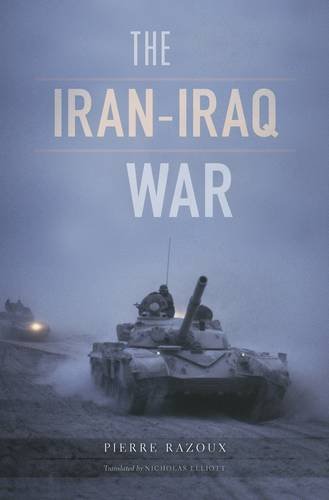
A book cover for The Iran-Iraq War; Pierre Razoux; History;